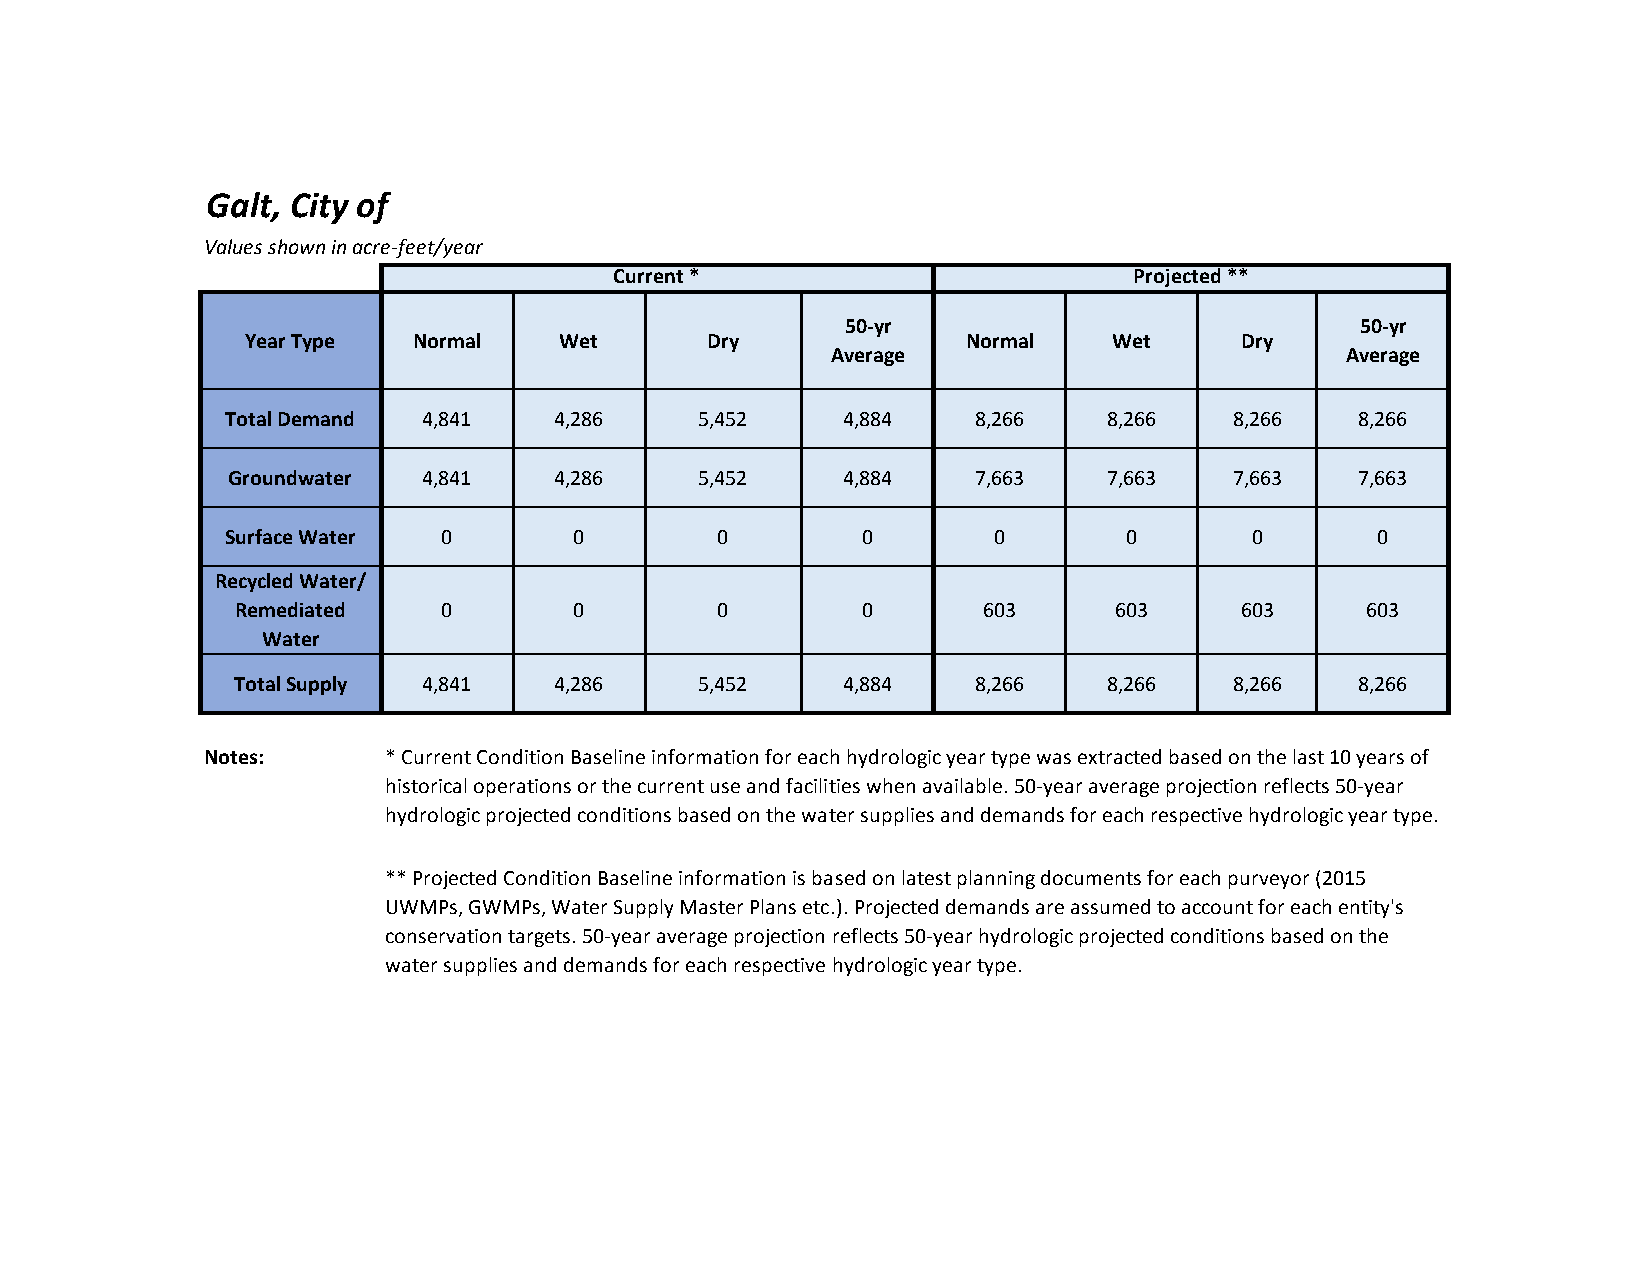
Galt, City of
 Values shown in acre-feet/year
 Current *                         Projected **
 50-yr                             50-yr
 Year Type  Normal    Wet       Dry              Normal    Wet     Dry
 Average                           Average
 Total Demand 4,841    4,286    5,452     4,884   8,266    8,266    8,266   8,266
 Groundwater  4,841    4,286    5,452     4,884   7,663    7,663    7,663   7,663
 Surface Water 0        0        0         0        0       0        0       0
 Recycled Water/
 Remediated   0        0        0         0       603      603     603     603
 Water
 Total Supply 4,841    4,286    5,452     4,884   8,266    8,266    8,266   8,266
 Notes:     * Current Condition Baseline information for each hydrologic year type was extracted based on the last 10 years of
 historical operations or the current use and facilities when available. 50-year average projection reflects 50-year
 hydrologic projected conditions based on the water supplies and demands for each respective hydrologic year type.
 ** Projected Condition Baseline information is based on latest planning documents for each purveyor (2015
 UWMPs, GWMPs, Water Supply Master Plans etc.). Projected demands are assumed to account for each entity's
 conservation targets. 50-year average projection reflects 50-year hydrologic projected conditions based on the
 water supplies and demands for each respective hydrologic year type.